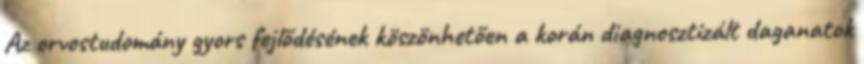
Az orvostudomány gyors fejlődésének köszönhetően a korán diagnosztizált daganatok